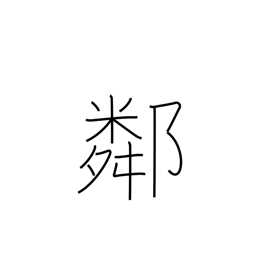
Meaning: neighborhood